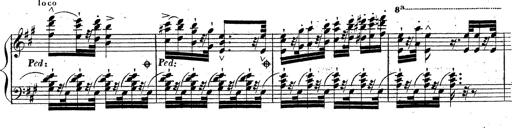
Title: Grande fantaisie sur la tyrolienne de l'opÃ©ra
Composer: Franz Liszt
Key: A major